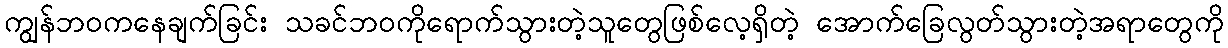
ကျွန်ဘဝကနေချက်ခြင်း သခင်ဘဝကိုရောက်သွားတဲ့သူတွေဖြစ်လေ့ရှိတဲ့ အောက်ခြေလွတ်သွားတဲ့အရာတွေကို